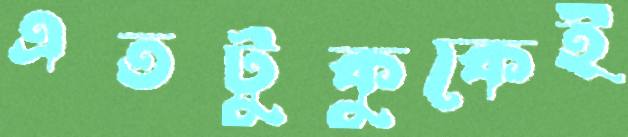
এতটুকুকেই